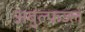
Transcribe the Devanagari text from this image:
अबुल्फज्ल